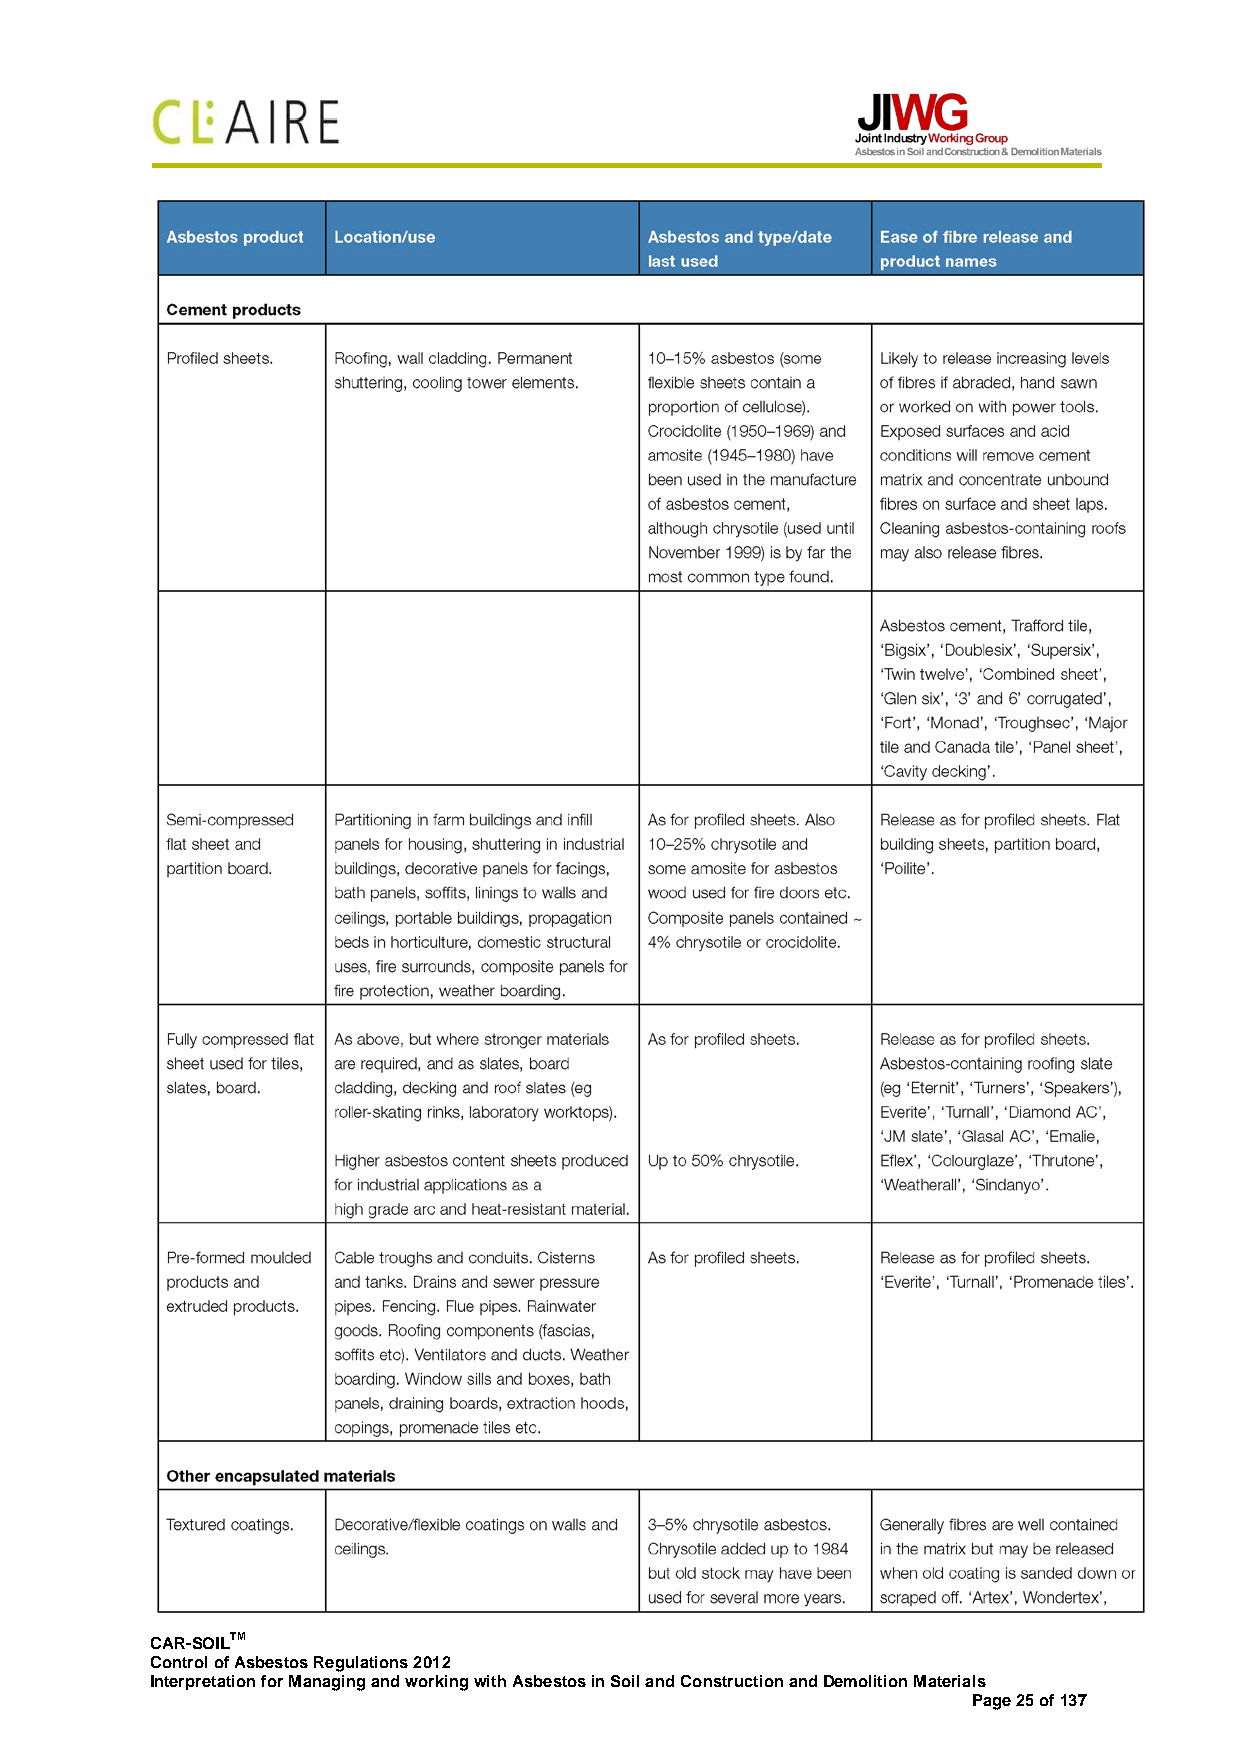
CAR-SOILTM
 Control of Asbestos Regulations 2012
 Interpretation for Managing and working with Asbestos in Soil and Construction and Demolition Materials
 Page 25 of 137